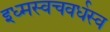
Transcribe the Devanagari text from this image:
इध्मस्वचवर्धस्व